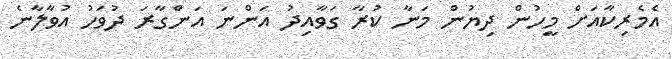
އެމެރިކާއަށް މީހުން ދިޔުން މަނާ ކުރާ ގަވާއިދު އަންނަ އަންގާރަ ދުވަހު އުވާލާނެ